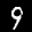
Label: 9